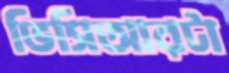
ভিসিআরটা